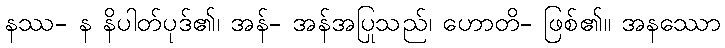
နဿ- န နိပါတ်ပုဒ်၏၊ အန်- အန်အပြုသည်၊ ဟောတိ- ဖြစ်၏။ အနဿော